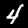
Label: 4